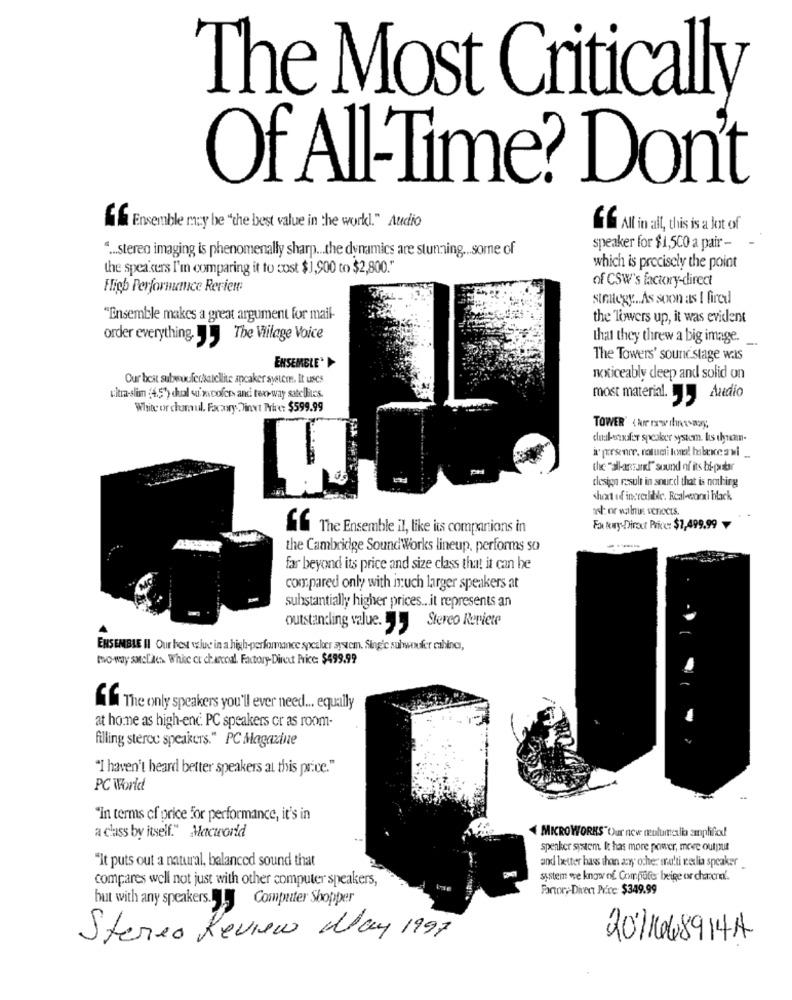
The Most Critically
Of All-Time? Don't
Ensemble may be "the best value in the work." Audio
GG All in all, this is a lot of
" ... stereo imaging is phenomenally sharp ... the dynamics are stunning .. some of
speaker for $1,500 a pair -
the speakers I'm comparing it to cost $1,900 to $2,800."
which is precisely the point
of CSW's factory-direct
Fligh Performunice Reriem:
strategy ... As soon as I fired
"Ensemble makes a great argument for mail-
the Towers up, it was evident
order everything. .. The Village Voice
that they threw a big image.
-
The Towers' sound stage wais
ENSEMBLE*
Our best subwoofersatellite speaker system. It uses
noticeably deep and solid on
uitra-slim :4.51) cual su wcofer- and ten-way satellites.
most material.
Azedio
White or chomul. Facaary.Dinxt Price: $599.99
chaletxdfor speaker system. lis thyum-
the "all-anzar!" sound of its bi-putar
clesign result in sourd that is nothing
sluxt off inererbible. Real-eori black
at or vilnus venects.
S&The Ensemble il, like its companions in
Farkwy-Dirout Price: $7,499.99
the Cambridge SoundWorks lineup, performs so
far beyond its price and size class that it can be
compared only with inuch larger speakers at
substantially higher prices ... it represents an
outstanding value. L Sterco Reriete
ENSEMBLE II Our best vive in a high-performance speaker system. Sing'c subwoofer cabina,
two-way sucL'des Whic cu charcoal. Factory-Direct Price: $499.99
ff The only speakers you'll ever need ... equally
at home as high-end. PC speakers or as room-
filling stereo speakers." PC Magazine
"I haven't heard better speakers at this price."
PC World
"In terms of price for performance, it's in
MICRO WORKS" Our new columalla amplified
a class by itself." Macworld
speaker system. It has more power, move output
"It puts out a natural, balanced sound that
and better hass than any other mra!ti vedlia speaker
compares well not just with other computer speakers,
system we know of Computer beige or chancre'.
Factor ,- Direct Price: $349.99
but with any speakers .. Ly Computer Shopper
Stereo Review May 1997
20168914A